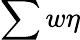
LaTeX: \sum w\eta